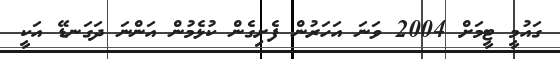
ގައުމީ ޓީމަށް 2004 ވަނަ އަހަރުން ފެށިގެން ކުޅެމުން އަންނަ ދަގަނޑޭ އަކީ